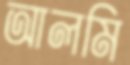
আলমি